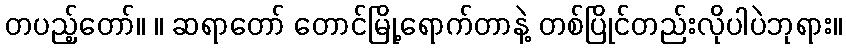
တပည့်တော်။ ။ ဆရာတော် တောင်မြို့ရောက်တာနဲ့ တစ်ပြိုင်တည်းလိုပါပဲဘုရား။